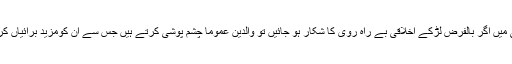
بچپن کے بعد نوجوانی میں اگر بالفرض لڑکے اخلاقی بے راہ روی کا شکار ہو جائیں تو والدین عموماَ چشم پوشی کرتے ہیں جس سے ان کومزید برائیاں کرنے کی شہ ملتی ہے۔